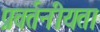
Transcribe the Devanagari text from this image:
प्रवर्तनीयता